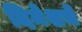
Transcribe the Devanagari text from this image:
दिनेशचे